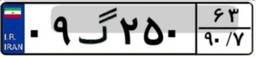
۵۲گ۹۴۴۵۹